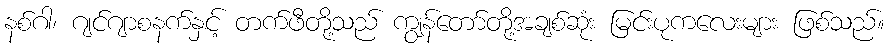
နစ်ဂါ၊ ဂျင်ဂျာစနက်နှင့် တက်ဖီတို့သည် ကျွန်တော်တို့အချစ်ဆုံး မြင်းပုကလေးများ ဖြစ်သည်။